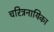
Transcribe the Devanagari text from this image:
चरित्रनायिका